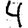
Digit: 4